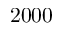
2 0 0 0